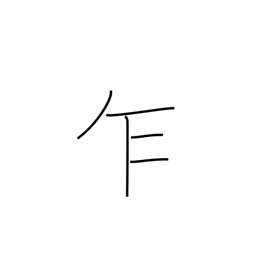
Meaning: notwithstanding